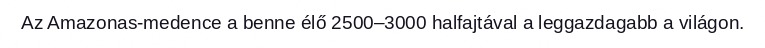
Az Amazonas-medence a benne élő 2500–3000 halfajtával a leggazdagabb a világon.